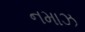
નમાઝ